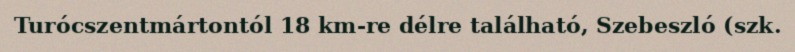
Turócszentmártontól 18 km-re délre található, Szebeszló (szk.